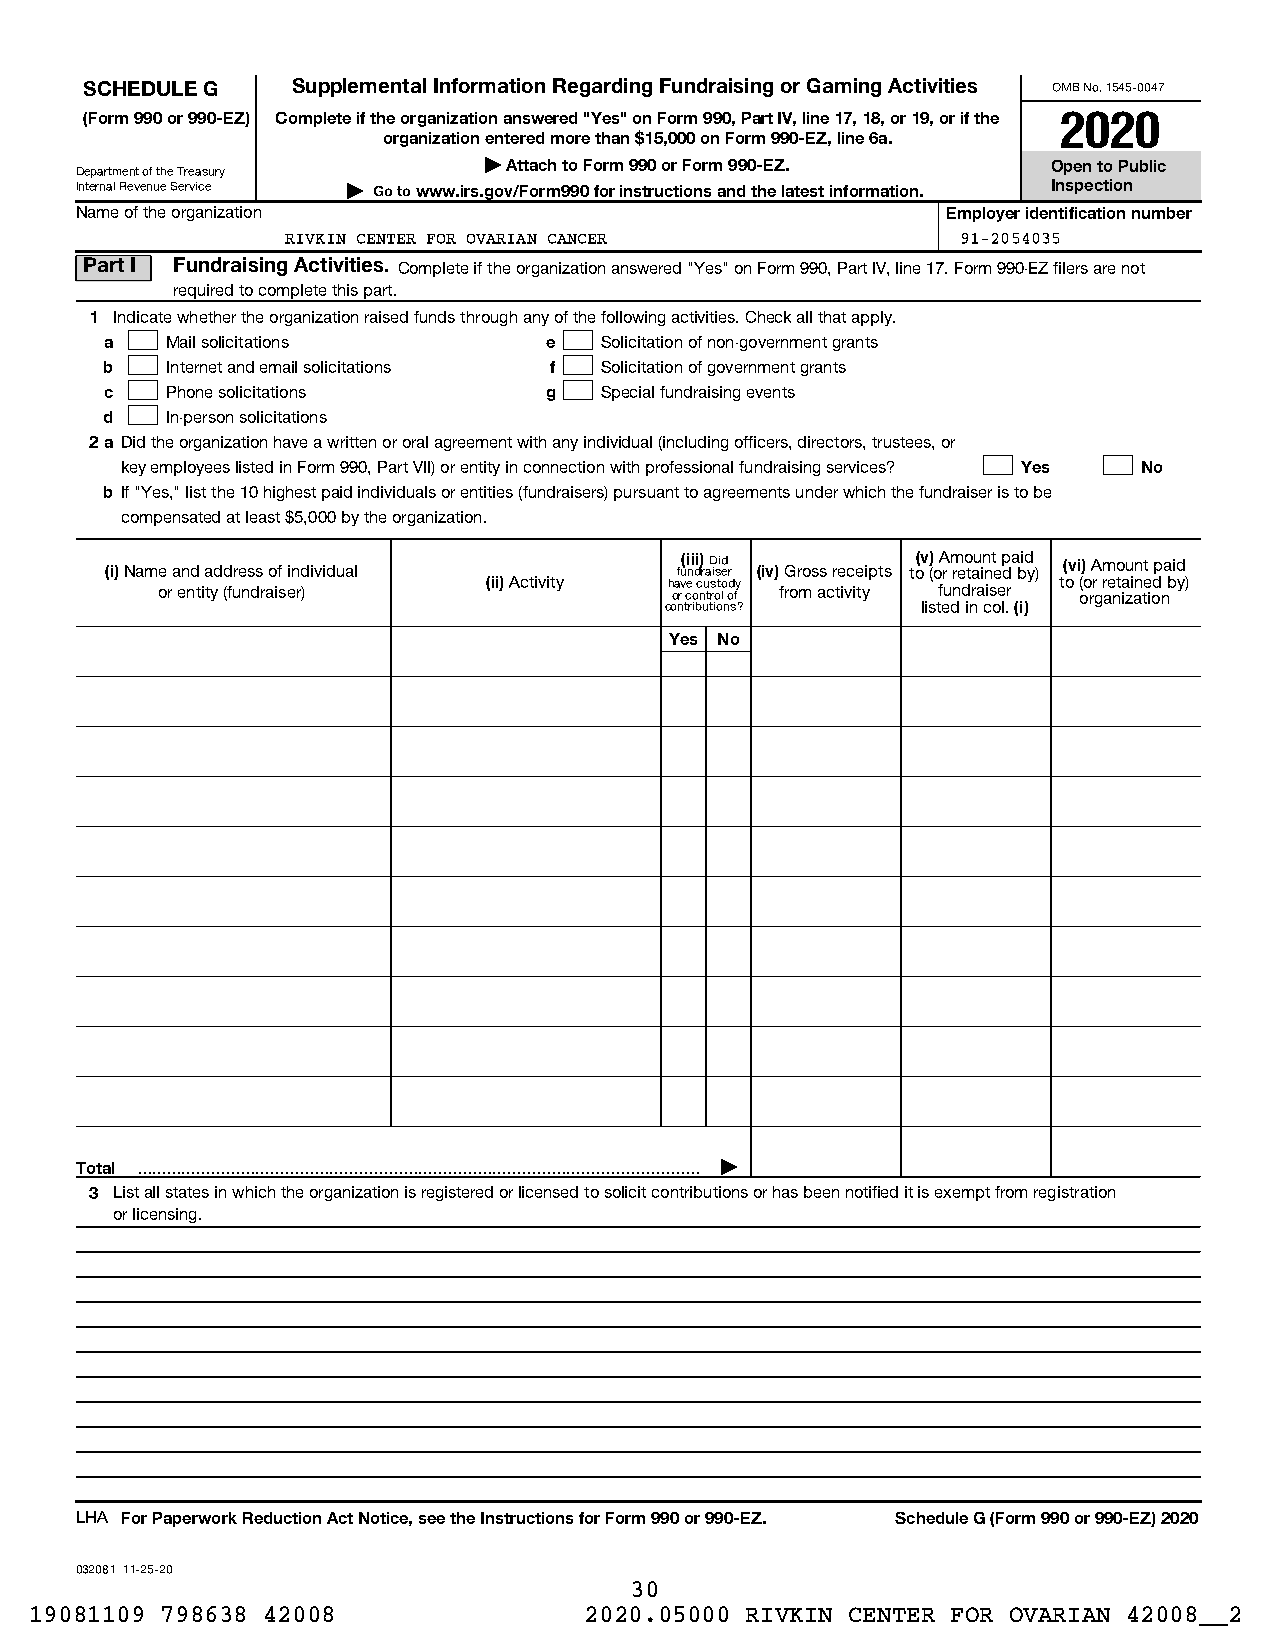
SCHEDULE G   Supplemental Information Regarding Fundraising or Gaming Activities OMB No. 1545-0047
 (Form 990 or 990-EZ) Complete if the organization answered "Yes" on Form 990, Part IV, line 17, 18, or 19, or if the 2020
 organization entered more than $15,000 on Form 990-EZ, line 6a.
 | Attach to Form 990 or Form 990-EZ.  Open to Public
 Department of the Treasury
 Internal Revenue Service | Go to www.irs.gov/Form990 for instructions and the latest information. Inspection
 Name of the organization                                  Employer identification number
 RIVKIN CENTER FOR OVARIAN CANCER             91-2054035
 Part I Fundraising Activities. Complete if the organization answered "Yes" on Form 990, Part IV, line 17. Form 990-EZ filers are not
 required to complete this part.
 1 Indicate whether the organization raised funds through any of the following activities. Check all that apply.
 a   Mail solicitations       e   Solicitation of non-government grants
 b   Internet and email solicitations f Solicitation of government grants
 c   Phone solicitations      g   Special fundraising events
 d   In-person solicitations
 2a Did the organization have a written or oral agreement with any individual (including officers, directors, trustees, or
 key employees listed in Form 990, Part VII) or entity in connection with professional fundraising services? Yes No
 b If "Yes," list the 10 highest paid individuals or entities (fundraisers) pursuant to agreements under which the fundraiser is to be
 compensated at least $5,000 by the organization.
 (i) Name and address of individual    fu(i ni di) r aD isid er (iv) Gross receipts to(v () o A r m reo tau in nt e p da bid y) (vi) Amount paid
 or entity (fundraiser) (ii) Activity h oa rv ce o c nu trs oto l d ofy from activity fundraiser to ( oo rr g r ae nt ia zi an te iod n by)
 contributions?   listed in col. (i)
 Yes No
 Total  |
 3 List all states in which the organization is registered or licensed to solicit contributions or has been notified it is exempt from registration
 or licensing.
 LHA For Paperwork Reduction Act Notice, see the Instructions for Form 990 or 990-EZ. Schedule G (Form 990 or 990-EZ) 2020
 032081 11-25-20
 30
 19081109 798638 42008                2020.05000 RIVKIN CENTER FOR OVARIAN 42008__2